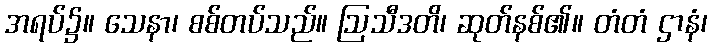
အရပ်၌။ သေနာ၊ စစ်တပ်သည်။ ဩသီဒတိ၊ ဆုတ်နစ်၏။ တံတံ ဌာနံ၊